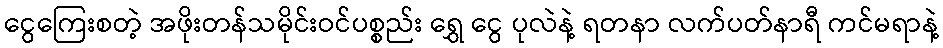
ငွေကြေးစတဲ့ အဖိုးတန်သမိုင်းဝင်ပစ္စည်း ရွှေ ငွေ ပုလဲနဲ့ ရတနာ လက်ပတ်နာရီ ကင်မရာနဲ့